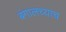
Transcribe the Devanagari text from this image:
बंगालच्याच